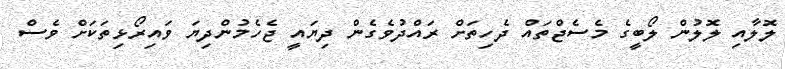
ލޮލާއި ލޮލުން ލޯބީގެ މެސެޖްތައް ދެހިތަށް ރައްދުވެގެން ދިޔައީ ޖެހެމުންދިޔަ ވައިރޯޅިތަކަށް ވެސް